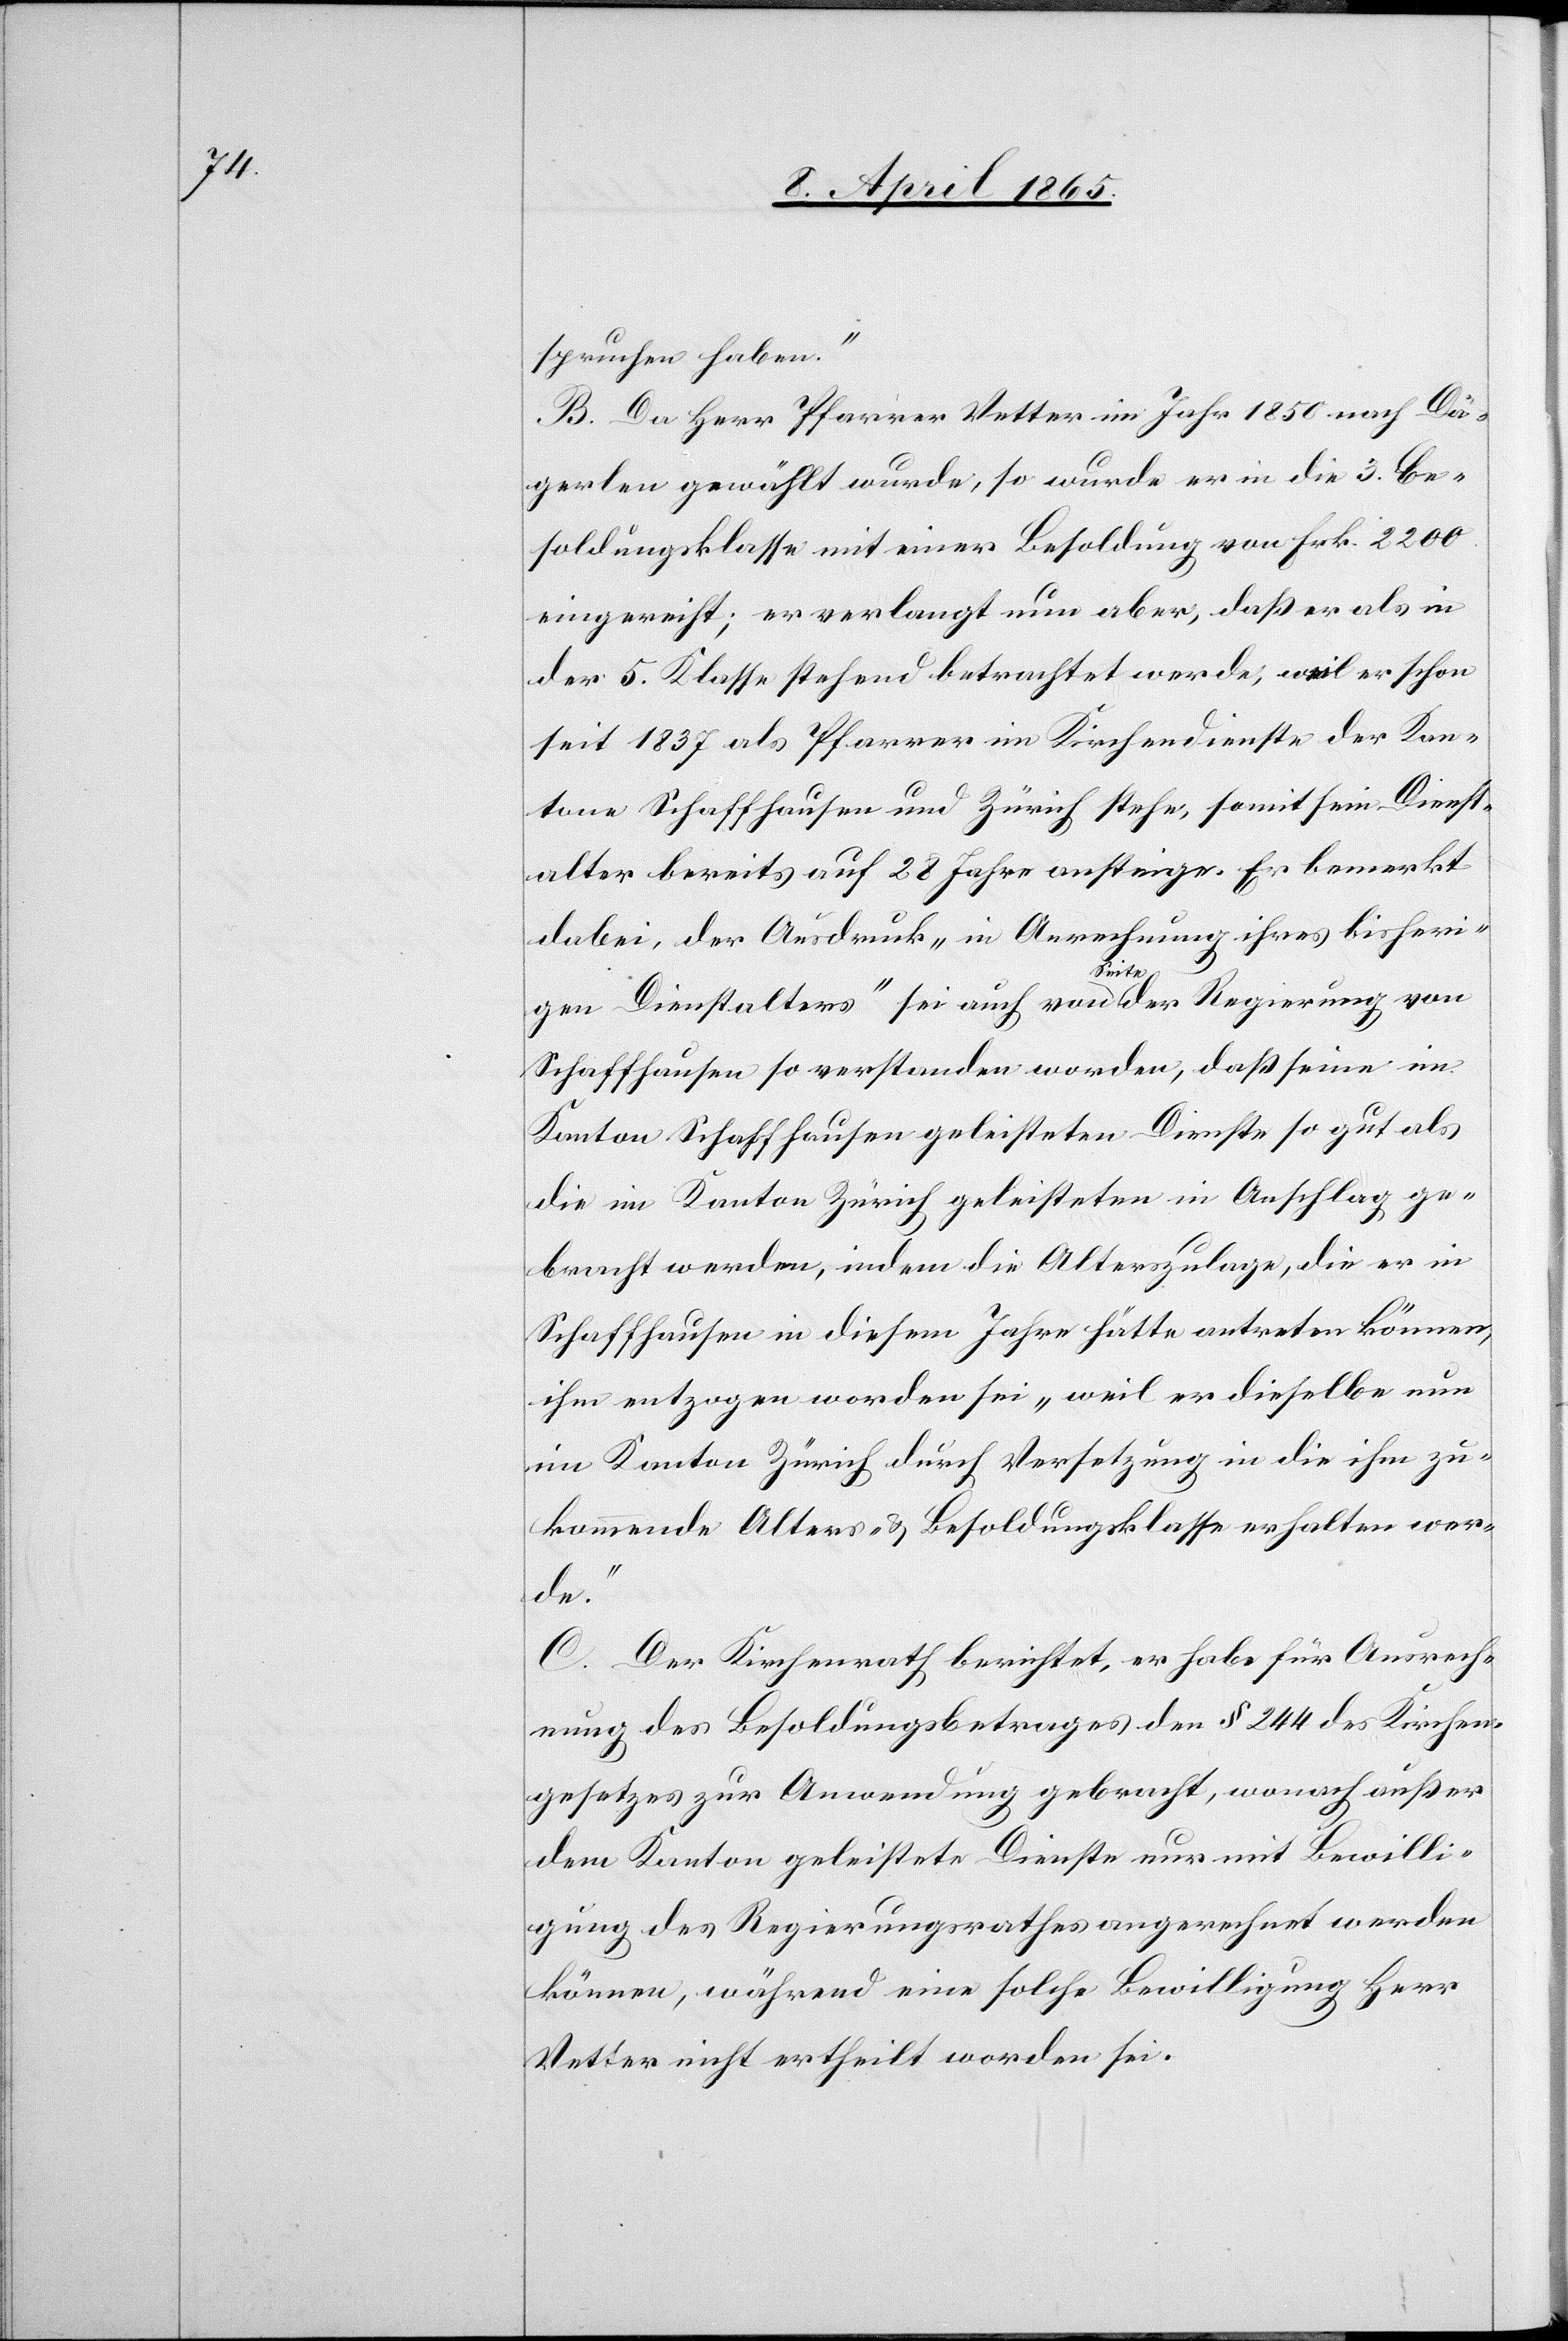
spruchen haben.“
B. Da Herr Pfarrer Vetter im Jahr 1850 nach Dä¬
gerlen gewählt wurde, so wurde er in die 3. Be¬
soldungsklasse mit einer Besoldung von Frk. 2200
eingereiht; er verlangt nun aber, daß er als in
der 5. Klasse stehend betrachtet werde, weil er schon
seit 1837 als Pfarrer im Kirchendienste der Kan¬
tone Schaffhausen und Zürich stehe, somit sein Dienst¬
alter bereits auf 28 Jahre ansteige. Er bemerkt
dabei, der Ausdruck „in Anrechnung ihres bisheri¬
gen Dienstalters“ sei auch von Seite der Regierung von
Schaffhausen so verstanden worden, daß seine im
Kanton Schaffhausen geleisteten Dienste so gut als
die im Kanton Zürich geleisteten in Anschlag ge¬
bracht werden, indem die Alterszulage, die er in
Schaffhausen in diesem Jahre hätte antreten können,
ihm entzogen worden sei „weil er dieselbe nun
im Kanton Zürich durch Versetzung in die ihm zu¬
kommende Alters- & Besoldungsklasse erhalten wer¬
de.“
C. Der Kirchenrath berichtet, er habe für Ausrech¬
nung des Besoldungsbetrages den § 244 des Kirchen¬
gesetzes zur Anwendung gebracht, wonach außer
dem Kanton geleistete Dienste nur mit Bewilli¬
gung des Regierungsrathes angerechnet werden
können, während eine solche Bewilligung Herr
Vetter nicht ertheilt worden sei.